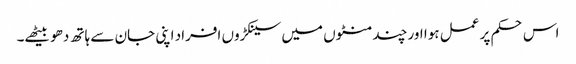
اس حکم پر عمل ہوا اور چند منٹوں میں سینکڑوں افراد اپنی جان سے ہاتھ دھو بیٹھے۔